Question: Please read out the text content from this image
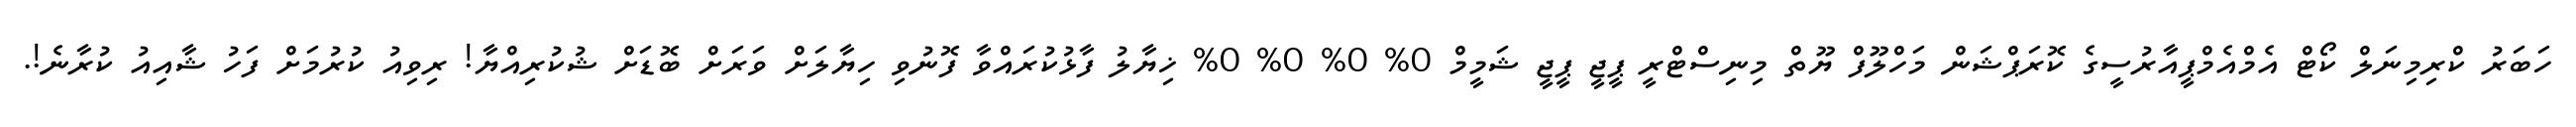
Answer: ހަބަރު ކްރިމިނަލް ކޯޓް އެމްއެމްޕީއާރުސީގެ ކޮރަޕްޝަން މަހްލޫފް ޔޫތް މިނިސްޓްރީ ޕީޖީ ޕީޖީ ޝަމީމް 0% 0% 0% 0% ޚިޔާލު ފާޅުކުރައްވާ ފޮނުވި ހިޔާލަށް ވަރަށް ބޮޑަށް ޝުކުރިއްޔާ! ރިވިއު ކުރުމަށް ފަހު ޝާއިއު ކުރާނެ!.